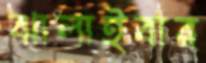
ঝালাইবার